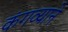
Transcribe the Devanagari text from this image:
कंगव्याने